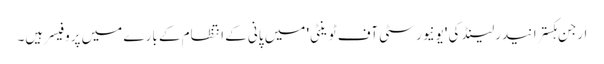
ارجن ہکسترا نیدرلینڈ کی 'یونیورسٹی آف ٹوینٹی' میں پانی کے انتظام کے بارے میں پروفیسر ہیں۔